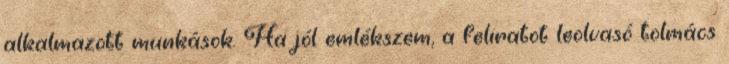
alkalmazott munkások. Ha jól emlékszem, a feliratot leolvasó tolmács